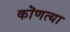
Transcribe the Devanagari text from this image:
कॊणत्या